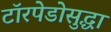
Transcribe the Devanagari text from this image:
टॉरपेडोसुद्धा